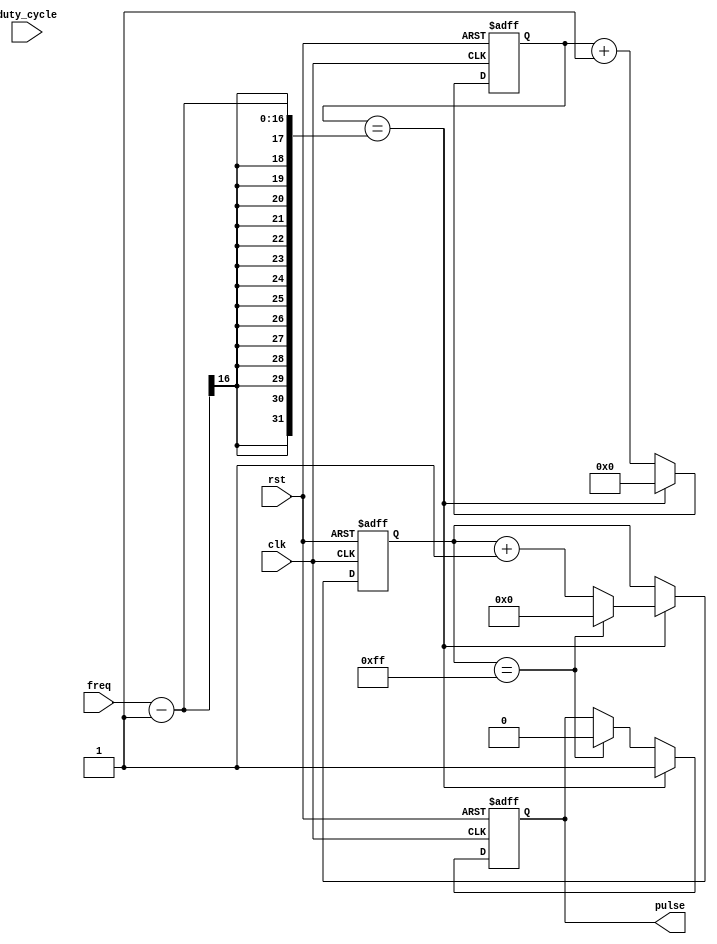
module Variable_Frequency_Pulse_Generator (
    input wire clk, // Clock input
    input wire rst, // Reset input
    input wire [15:0] freq, // Frequency input
    input wire [7:0] duty_cycle, // Duty cycle input
    output wire pulse // Generated pulse output
);

reg [15:0] count; // Counter for frequency control
reg [7:0] duty_count; // Counter for duty cycle control
reg pulse_reg; // Register for pulse output

always @(posedge clk or posedge rst) begin
    if (rst) begin
        count <= 0;
        duty_count <= 0;
        pulse_reg <= 0;
    end else begin
        if (count == freq - 1) begin
            count <= 0;
            pulse_reg <= 1;
            if (duty_count == 255) begin
                duty_count <= 0;
            end else begin
                duty_count <= duty_count + 1;
            end
        end else begin
            count <= count + 1;
            if (duty_count == 255) begin
                pulse_reg <= 0;
            end
        end
    end
end

assign pulse = pulse_reg;

endmodule